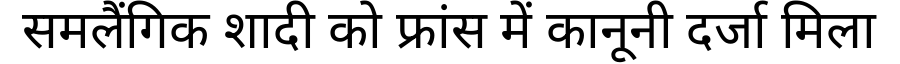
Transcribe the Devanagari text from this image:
समलैंगिक शादी को फ्रांस में कानूनी दर्जा मिला